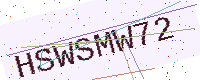
Text: HSWSMW72